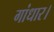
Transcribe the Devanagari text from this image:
गांधार।